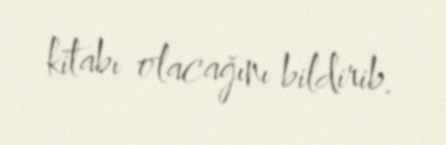
kitabı olacağını bildirib.